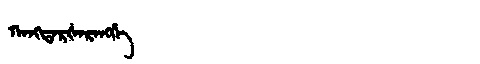
Manchu: ᡴᠠᠩᡨᠠᡵᡧᠠᡵᠠᠩᡤᡝ
Romanization: KANGTARŠARANGGE